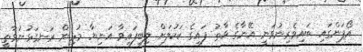
އޯޕަންގައި ބައިވެރިނުވަނީ އޭނާގެ ވާތު ފައިގެ ކަކުލަށް ލިބިފައިވާ އަނިޔާ މުޅިން ރަނގަޅުނުވާތީ